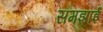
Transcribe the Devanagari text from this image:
समझाईं